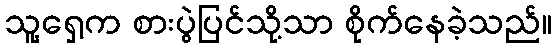
သူ့ရှေ့က စားပွဲပြင်သို့သာ စိုက်နေခဲ့သည်။